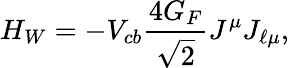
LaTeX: H_{W}=-V_{cb}\frac{4G_{F}}{\sqrt 2}J^{\mu}J_{\ell\mu},